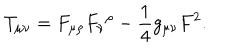
T _ { \mu \nu } = F _ { \mu \rho } { F _ { \nu } } ^ { \rho } - { \frac { 1 } { 4 } } g _ { \mu \nu } F ^ { 2 } .